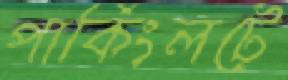
পার্কিংলটে